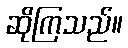
ဆိုကြသည်။